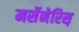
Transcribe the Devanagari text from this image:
मर्सेनेरिस़